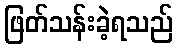
ဖြတ်သန်းခဲ့ရသည်